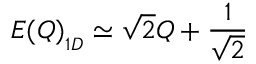
E ( Q ) _ { _ { 1 D } } \simeq \sqrt { 2 } Q + { \frac { 1 } { \sqrt { 2 } } }